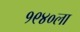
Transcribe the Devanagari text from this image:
१९४०ला